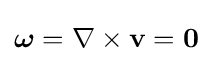
{\boldsymbol {\omega }}=\nabla \times \mathbf {v} ={\boldsymbol {0}}